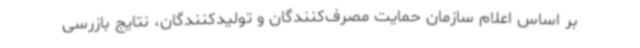
بر اساس اعلام سازمان حمایت مصرف‌کنندگان و تولیدکنندگان، نتایج بازرسی